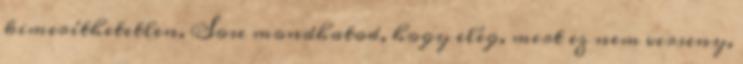
kimeríthetetlen. Sose mondhatod, hogy elég, mert ez nem verseny,